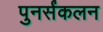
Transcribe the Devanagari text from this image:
पुनर्संकलन